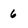
Character: 6